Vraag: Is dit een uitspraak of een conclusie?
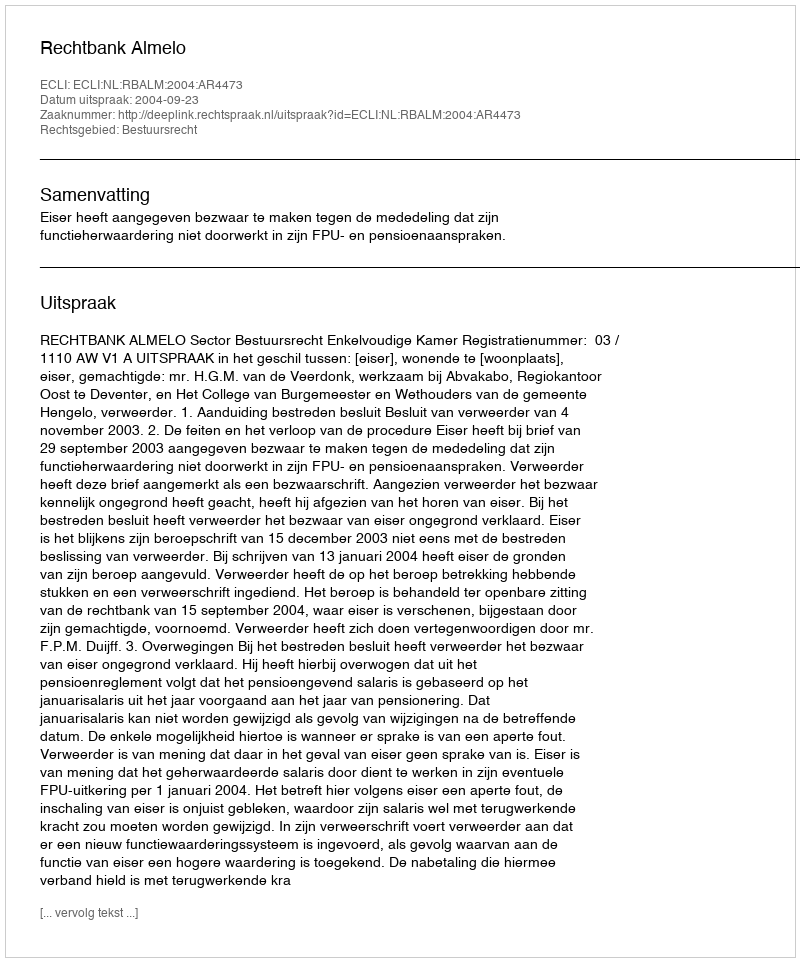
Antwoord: Uitspraak